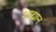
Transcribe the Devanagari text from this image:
आह्मान